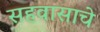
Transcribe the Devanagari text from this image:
सहवासाचे